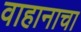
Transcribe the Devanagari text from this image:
वाहानाचा